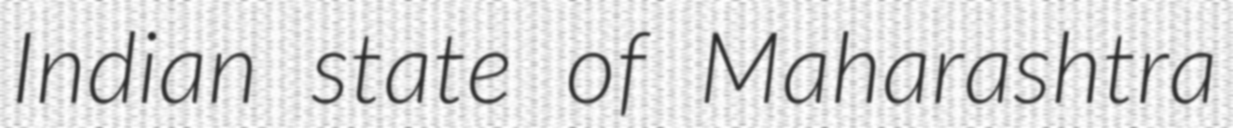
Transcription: Indian state of Maharashtra